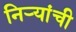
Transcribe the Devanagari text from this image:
निर्‍यांची